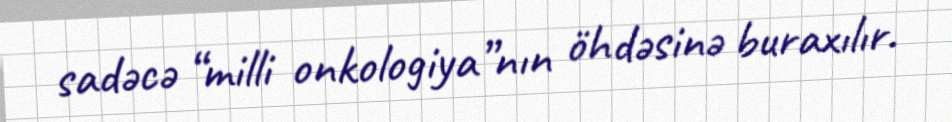
sadəcə “milli onkologiya”nın öhdəsinə buraxılır.